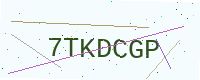
Text: 7TKDCGP